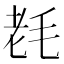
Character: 𣭢